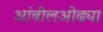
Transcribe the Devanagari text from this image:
आंबीलओढ्या